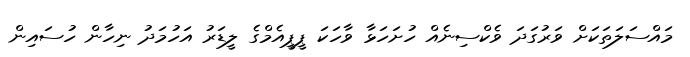
މައްސަލަތަކަށް ވަރުގަދަ ވެކްސިނެއް ހުށަހަޅާ ވާހަކަ ޕީޕީއެމްގެ ލީޑަރު އަހުމަދު ނިހާން ހުސައިން